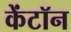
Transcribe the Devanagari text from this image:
केंटॉन